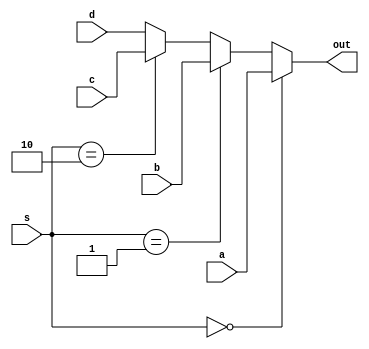
module mux4_2
(
	input [1:0]s,
	input a,b,c,d,
	output out
);
	assign out = (s==0)?a:(s==1)?b:(s==2)?c:d;
endmodule